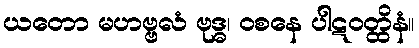
ယတော မဟဗ္ဗလံ ဗုဒ္ဓ၊ ဝစနေ ပါဋဝတ္ထိနံ။